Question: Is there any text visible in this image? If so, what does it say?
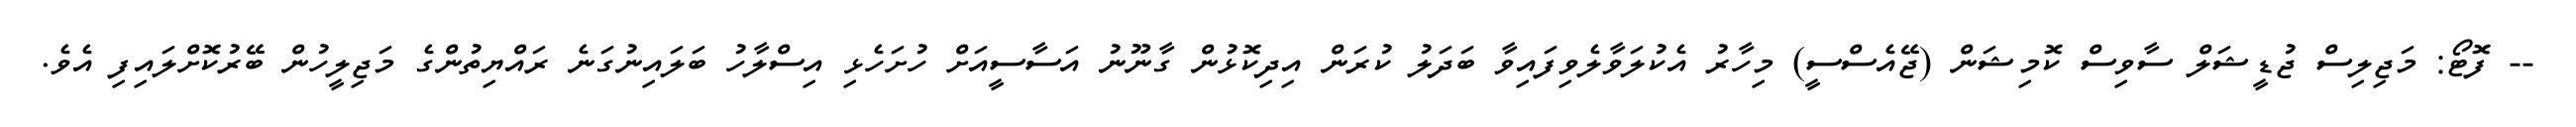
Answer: -- ފޮޓޯ: މަޖިލިސް ޖުޑީޝަލް ސާވިސް ކޮމިޝަން (ޖޭއެސްސީ) މިހާރު އެކުލަވާލެވިފައިވާ ބަދަލު ކުރަން އިދިކޮޅުން ގާނޫނު އަސާސީއަށް ހުށަހެޅި އިސްލާހު ބަލައިނުގަނެ ރައްޔިތުންގެ މަޖިލީހުން ބޭރުކޮށްލައިފި އެވެ.